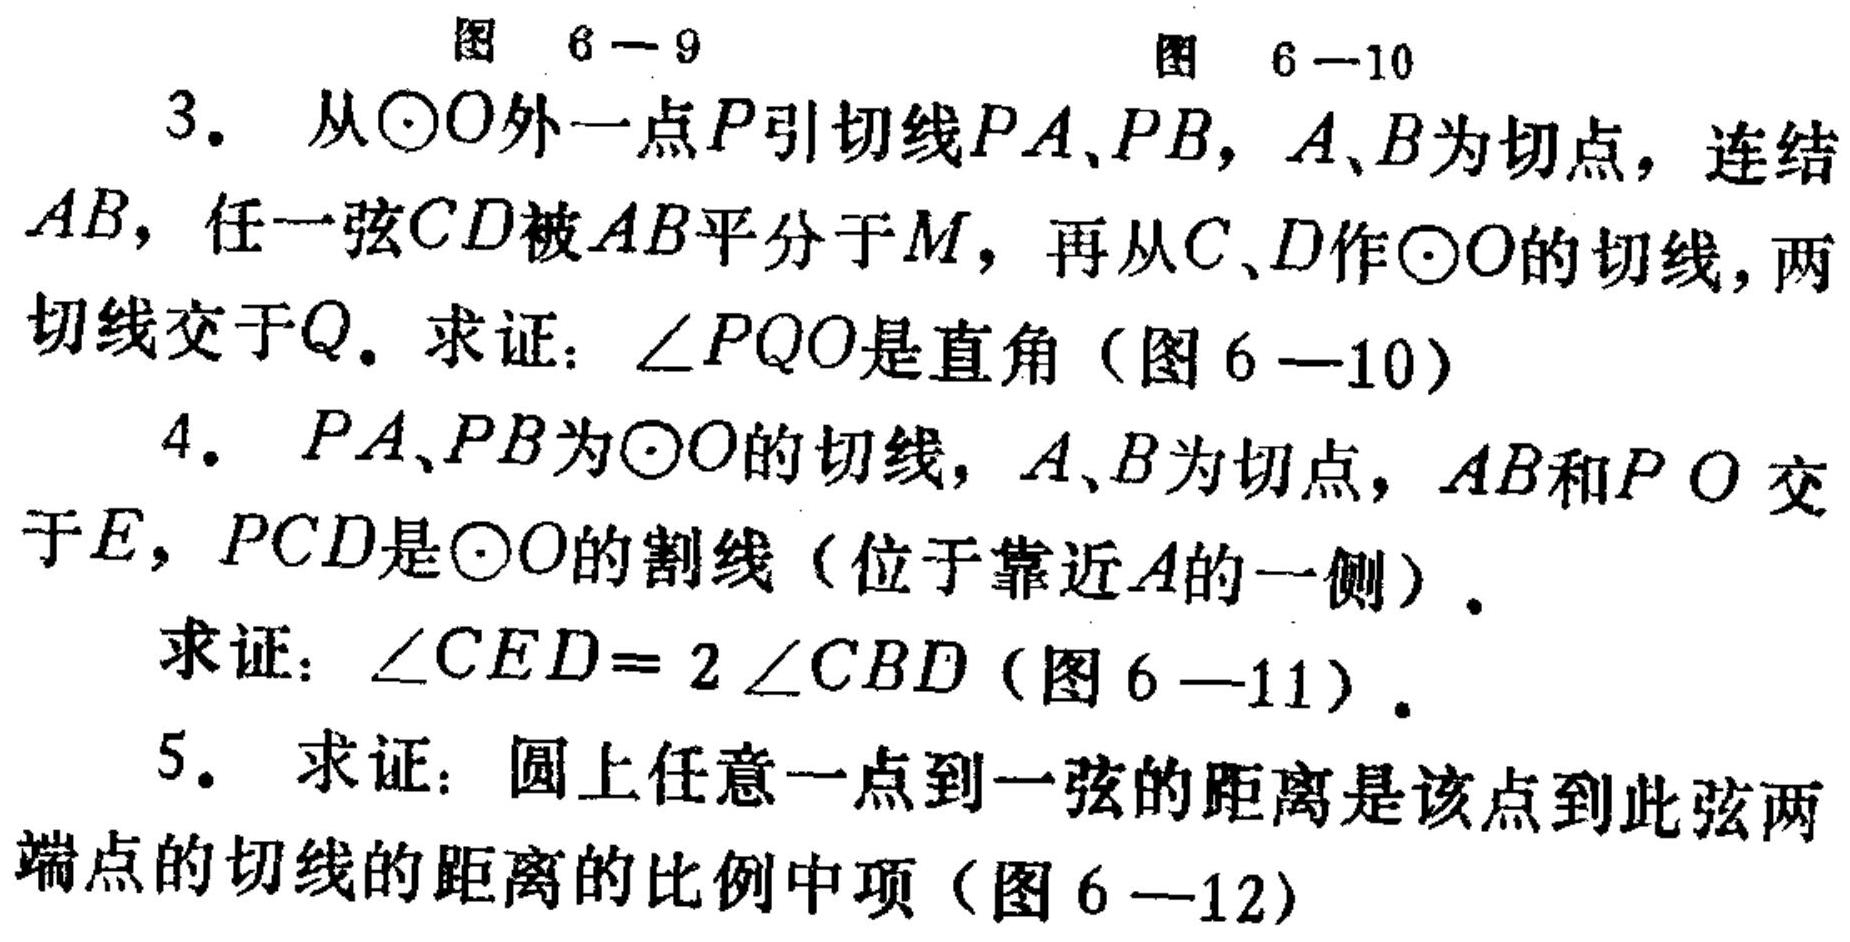
图 6 - 9  图 6 -10
3. 从\(\odot O\)外一点\(P\)引切线\(PA、PB\)，\(A、B\)为切点，连结
\(AB\)，任一弦\(CD\)被\(AB\)平分于\(M\)，再从\(C、D\)作\(\odot O\)的切线，两
切线交于\(Q\). 求证：\(\angle PQO\)是直角（图6 —10）
4. \(PA、PB\)为\(\odot O\)的切线，\(A、B\)为切点，\(AB\)和\(PO\)交
于\(E\)，\(PCD\)是\(\odot O\)的割线（位于靠近\(A\)的一侧）.
求证：\(\angle CED = 2\angle CBD\)（图6 —11）.
5. 求证：圆上任意一点到一弦的距离是该点到此弦两
端点的切线的距离的比例中项（图6 —12）